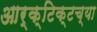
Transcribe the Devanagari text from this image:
आर्क्टिक्टच्या